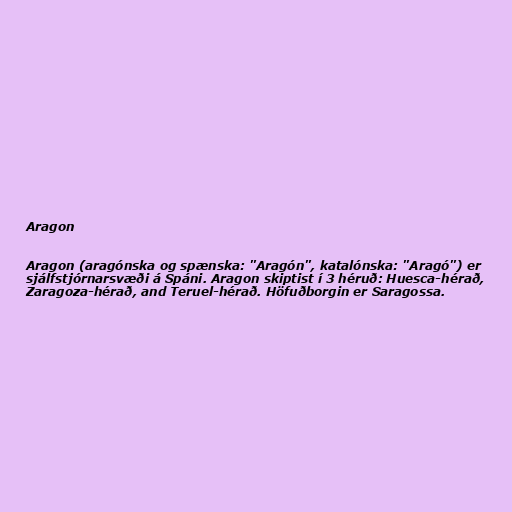
Aragon

Aragon (aragónska og spænska: "Aragón", katalónska: "Aragó") er
sjálfstjórnarsvæði á Spáni. Aragon skiptist í 3 héruð: Huesca-hérað,
Zaragoza-hérað, and Teruel-hérað. Höfuðborgin er Saragossa.